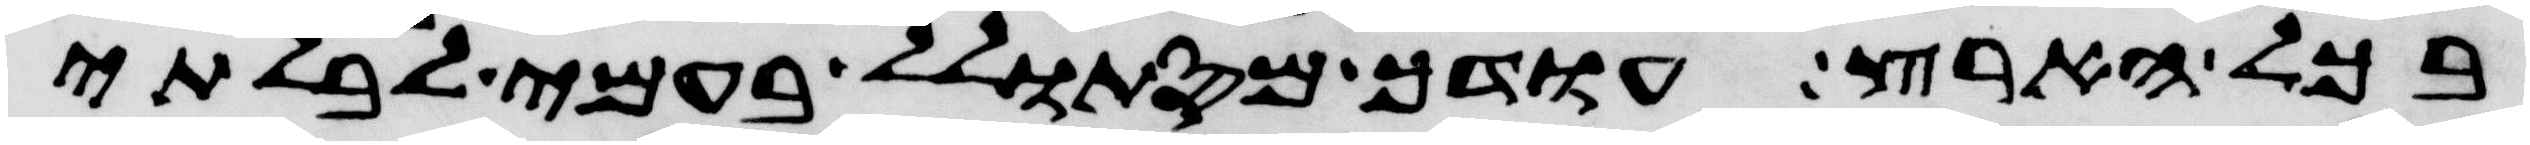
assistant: בכל הארץ עודך מסתולל בעמי לבלתי